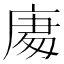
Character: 𭙧